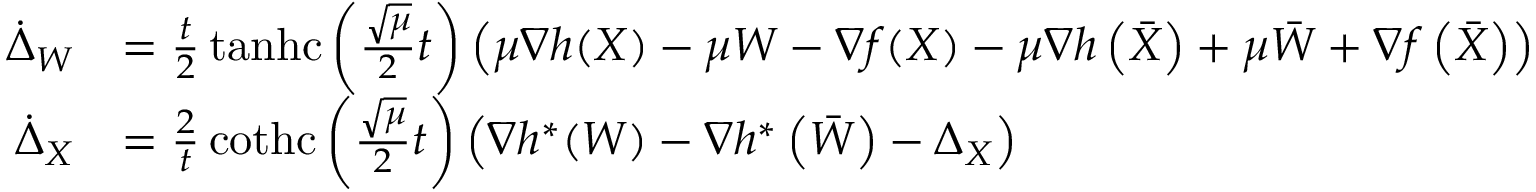
\begin{array} { r l } { \dot { \Delta } _ { W } } & { = \frac { t } { 2 } \operatorname { t a n h c } \left( \frac { \sqrt { \mu } } { 2 } t \right) \left( \mu \nabla h ( X ) - \mu W - \nabla f ( X ) - \mu \nabla h \left( \bar { X } \right) + \mu \bar { W } + \nabla f \left( \bar { X } \right) \right) } \\ { \dot { \Delta } _ { X } } & { = \frac { 2 } { t } \operatorname { c o t h c } \left( \frac { \sqrt { \mu } } { 2 } t \right) \left( \nabla h ^ { * } ( W ) - \nabla h ^ { * } \left( \bar { W } \right) - \Delta _ { X } \right) } \end{array}